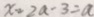
x = 2 a - 3 = a